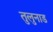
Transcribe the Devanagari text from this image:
तुलुनाड